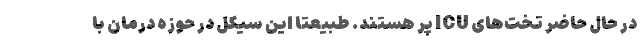
در حال حاضر تخت‌های ICU پر هستند. طبیعتا این سیکل در حوزه درمان با